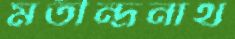
মতীন্দ্রনাথ